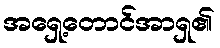
အရှေ့တောင်အာရှ၏